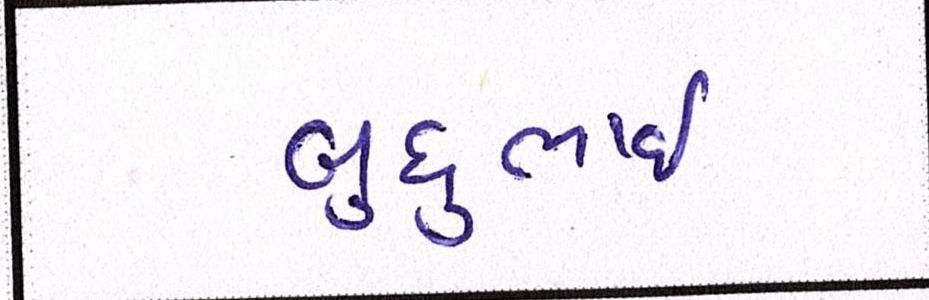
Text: બુધુભાઇ